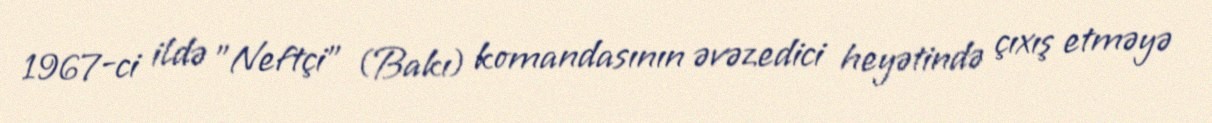
1967-ci ildə "Neftçi" (Bakı) komandasının əvəzedici heyətində çıxış etməyə